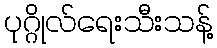
ပုဂ္ဂိုလ်ရေးသီးသန့်